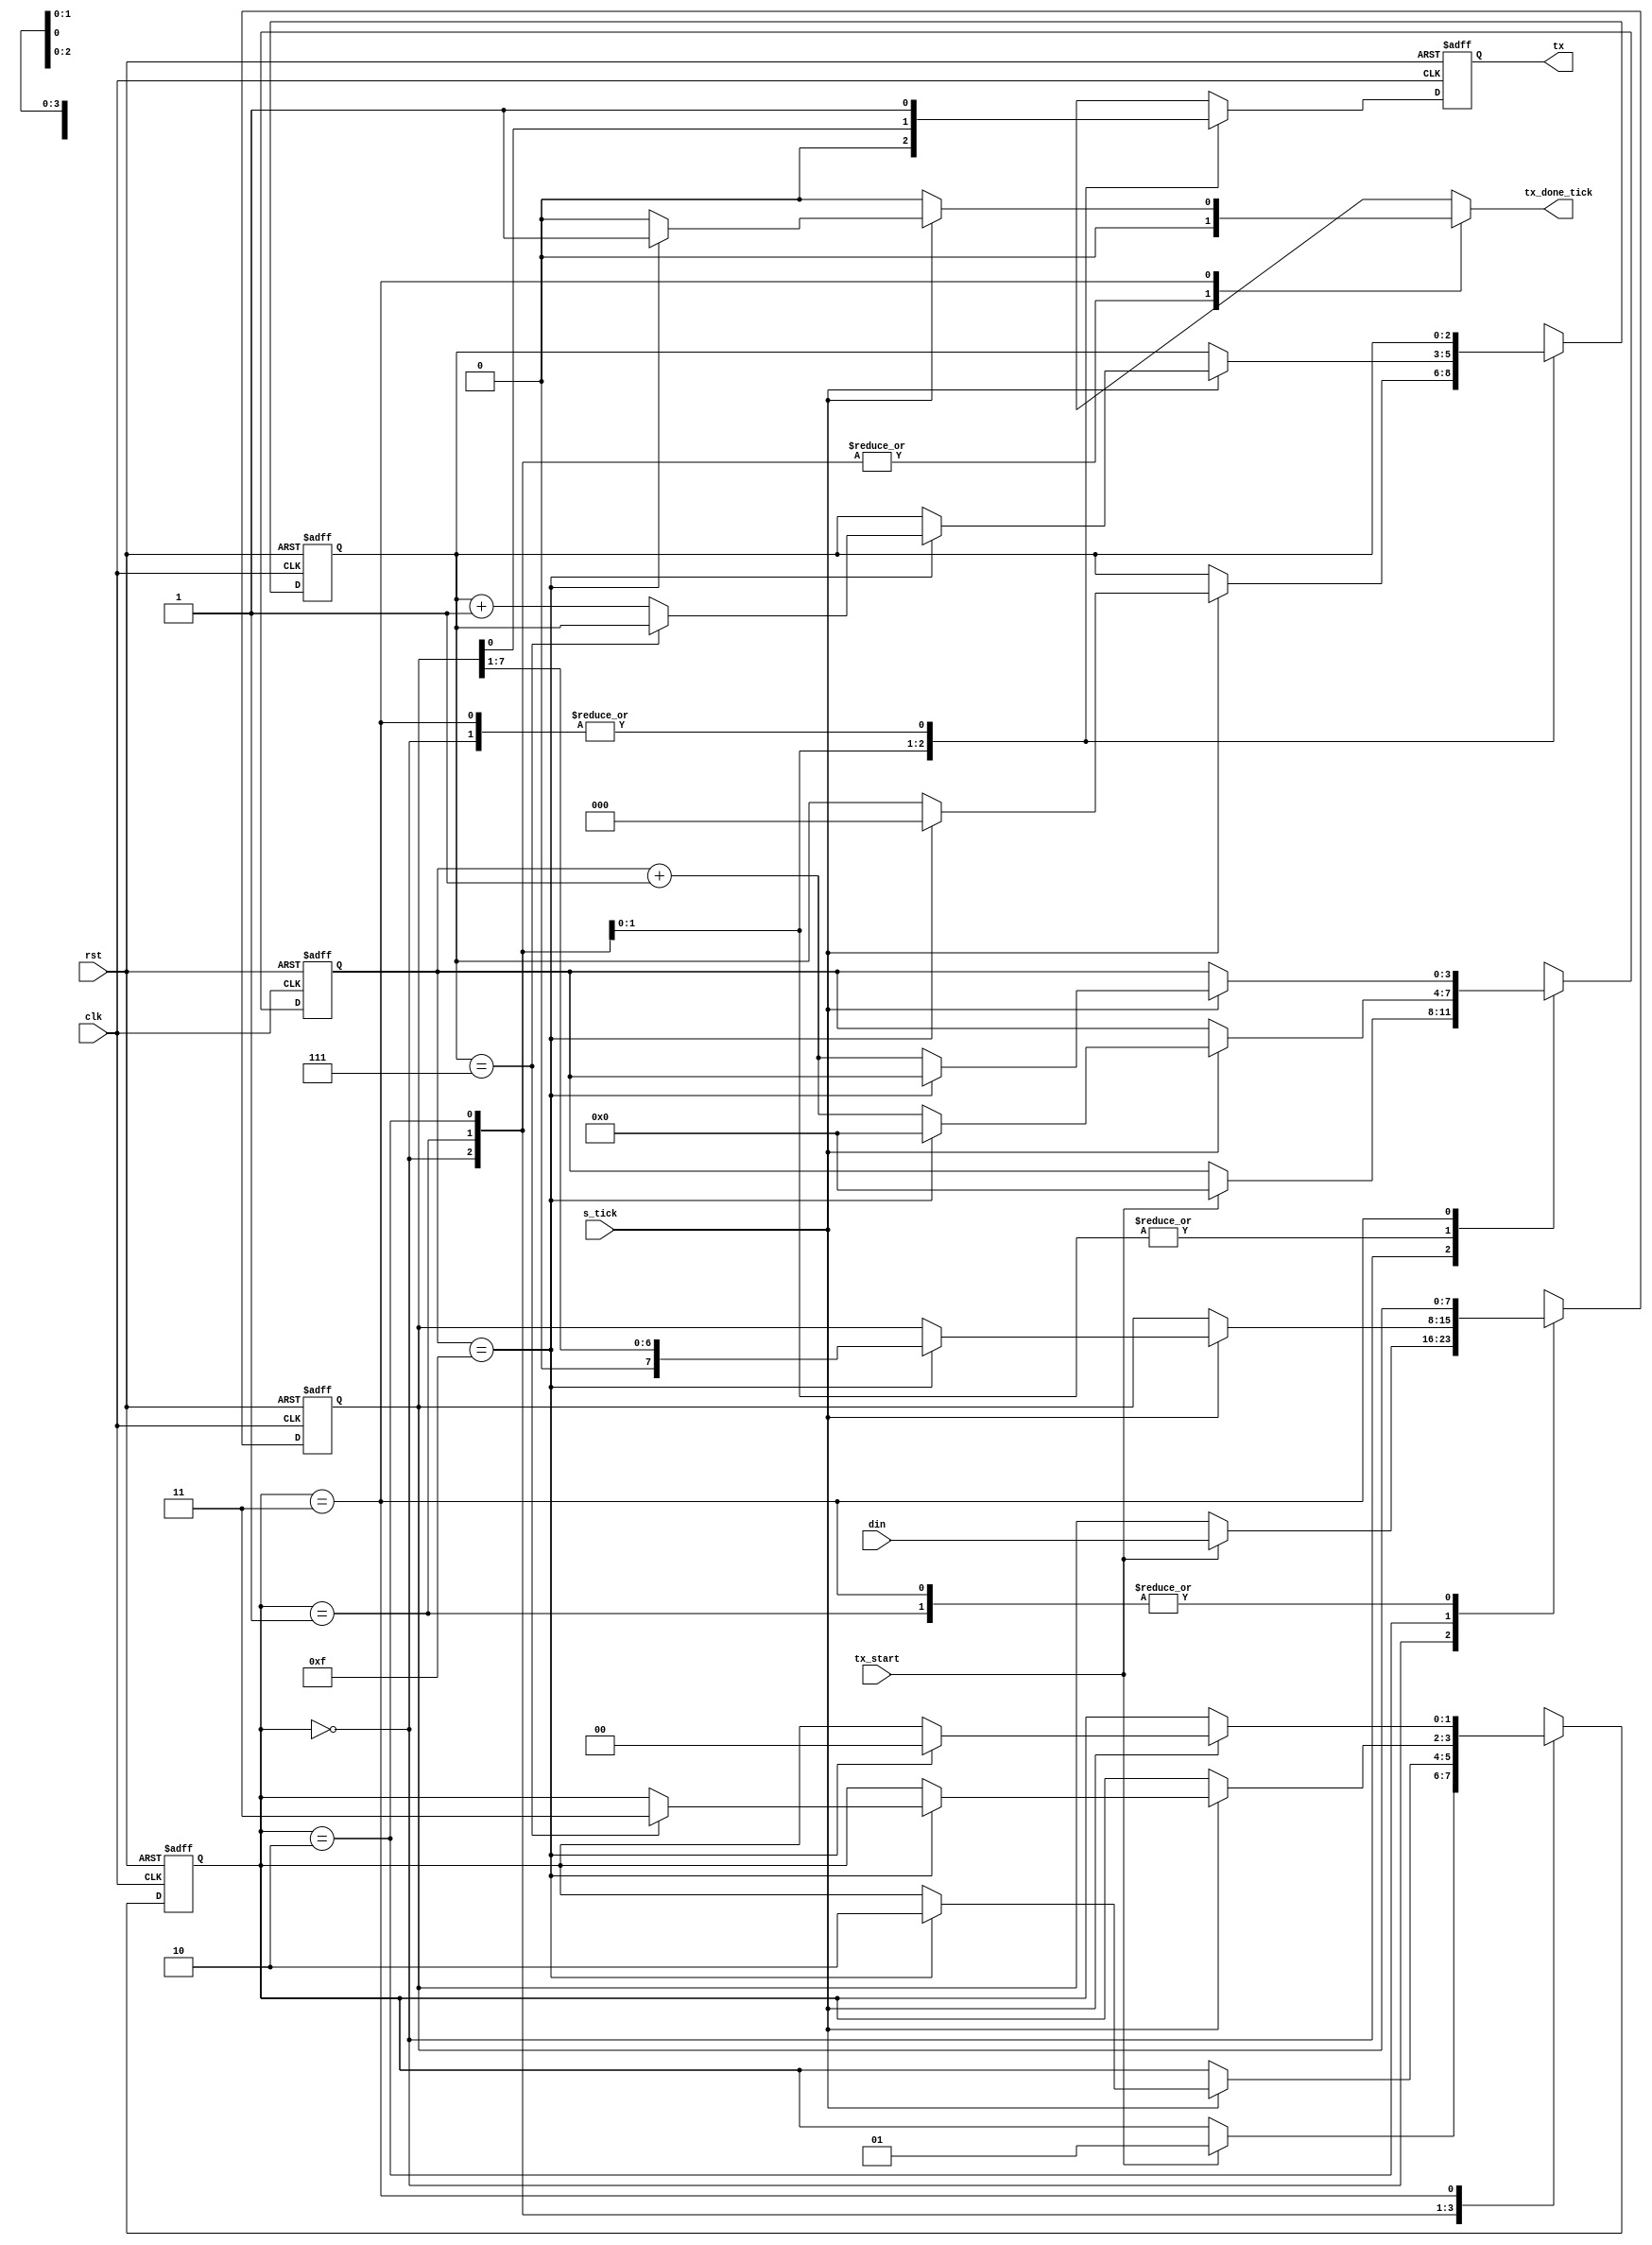
/*
UART Transmitter code from book
FPGA Prototyping using verilog
listing 8.3

*/

module uart_tx
	#(
	parameter 	DBIT = 8, // # data bits
				SB_TICK = 16 // # of ticks for stop bit
				
	)
	(
	input wire clk, rst,
	input wire tx_start, s_tick,
	input wire [7:0] din,
	output reg tx_done_tick,
	output wire tx
	);
	
	// State symbols declaration
	localparam [1:0]
		IDLE 	= 2'b00,
		START	= 2'b01,
		DATA 	= 2'b10,
		STOP 	= 2'b11;
		
	// Signal declaration
	reg [1:0] current_state, next_state;
	reg [3:0] s_reg , s_next;	// counts the number of ticks 
	reg [2:0] n_reg, n_next;
	reg [7:0] b_reg, b_next;	// holds the data to be transmitted
	reg tx_reg, tx_next;
	
	// body
	// State and data registers
	always@(posedge clk, posedge rst)
		if(rst)
			begin
			current_state <= IDLE;
			s_reg <= 0;
			n_reg <= 0;
			b_reg <= 0;
			tx_reg <= 1'b1;
			end
		else
			begin
			current_state <= next_state;
			s_reg <= s_next;
			n_reg <= n_next;
			b_reg <= b_next;
			tx_reg <= tx_next;
			end
	
	// Next state logic FSM
	always@*
	begin
		next_state = current_state;
		tx_done_tick = 1'b0;
		s_next = s_reg;
		n_next = n_reg;
		b_next = b_reg;
		tx_next = tx_reg;
		case(current_state)
			IDLE:
				begin
				tx_next = 1'b1;
				if(tx_start)
					begin
					next_state = START;
					s_next = 0;
					b_next = din;
					end
				end
			START: // send the start bit
				begin
				tx_next = 1'b0; // send the start bit
				if(s_tick)
					if(s_reg == 15)
						begin
						next_state = DATA;
						s_next = 0;
						n_next = 0;
						end
					else // count 16 ticks of start bit
						s_next = s_reg + 1;
				end //start
			DATA: // send all data
				begin
				tx_next = b_reg[0]; // transmit the LSB of data
				if(s_tick)
					if(s_reg == 15)
						begin
						s_next = 0;
						b_next = b_reg >> 1; // let the next data bit take LSB position
						if(n_reg == (DBIT-1)) // make sure all data bits have been transmitted
							next_state = STOP; 
						else
							n_next = n_reg + 1;	// Counter data bits transmitted till now
						end
					else
						s_next = s_reg + 1; // count number of ticks
				end // DATA
			STOP: // send the stop bit
				begin
				tx_next = 1'b1; // stop bit is 1
				if(s_tick)
					if(s_reg == (SB_TICK-1))
						begin
						next_state = IDLE;
						tx_done_tick = 1'b1;
						end
					else
						s_next = s_reg + 1;
				end
		endcase
	end// next state logic
	
	// output logic
	assign tx = tx_reg;

endmodule